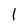
Character: I